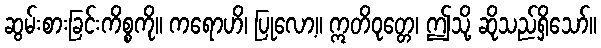
ဆွမ်းစားခြင်းကိစ္စကို။ ကရောဟိ၊ ပြုလော့။ ဣတိဝုတ္တေ၊ ဤသို့ ဆိုသည်ရှိသော်။